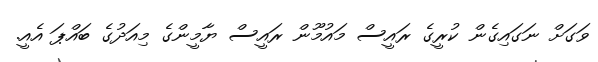
ވަގަށް ނަގައިގެން ކުރީގެ ރައީސް މައުމޫން ރައީސް ޔާމީންގެ މިއަދުގެ ބައްޕަ އެއީ.